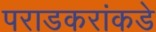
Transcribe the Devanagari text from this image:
पराडकरांकडे